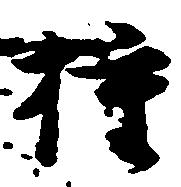
権